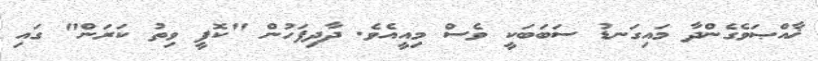
ޚާއްޞަވެގެންދާ މައިގަނޑު ސަބަބަކީ ވެސް މިއީއެވެ. ދާދިފަހުން "ކޮފީ ވިތު ކަރަން" ގައި